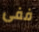
ففى